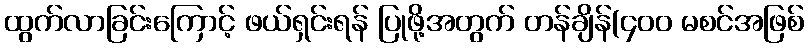
ထွက်လာခြင်းကြောင့် ဖယ်ရှင်းရန် ပြုဖို့အတွက် တန်ချိန်(၄၀၀ မစင်အဖြစ်